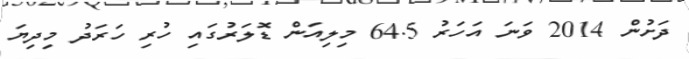
ދަށުން 2014 ވަނަ އަހަރު 64.5 މިލިއަން ޑޮލަރުގައި ހުރި ހަރަދު މިދިޔަ